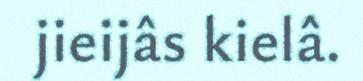
jieijâs kielâ.